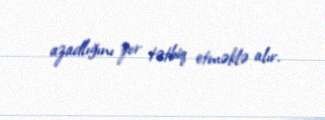
azadlığını zor tətbiq etməklə alır.